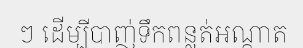
ៗ ដើម្បីបាញ់ទឹកពន្លត់អណ្តាត